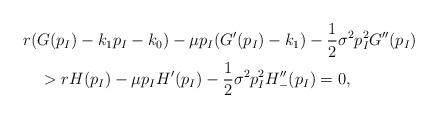
LaTeX: \begin{align*}&r(G(p_I)-k_1p_I-k_0)-\mu p_I(G'(p_I)-k_1)-\frac{1}{2}\sigma^2p_I^2G''(p_I)\\&\quad>rH(p_I)-\mu p_IH'(p_I)-\frac{1}{2}\sigma^2p_I^2H_{-}''(p_I)=0,\end{align*}